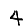
Digit: 4